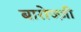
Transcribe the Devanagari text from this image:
बारोज्ज़ी